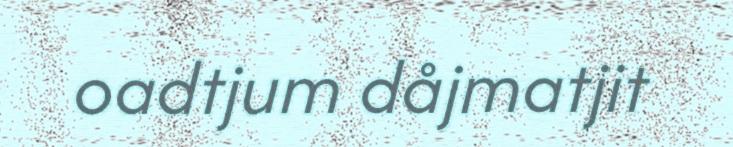
oadtjum dåjmatjit